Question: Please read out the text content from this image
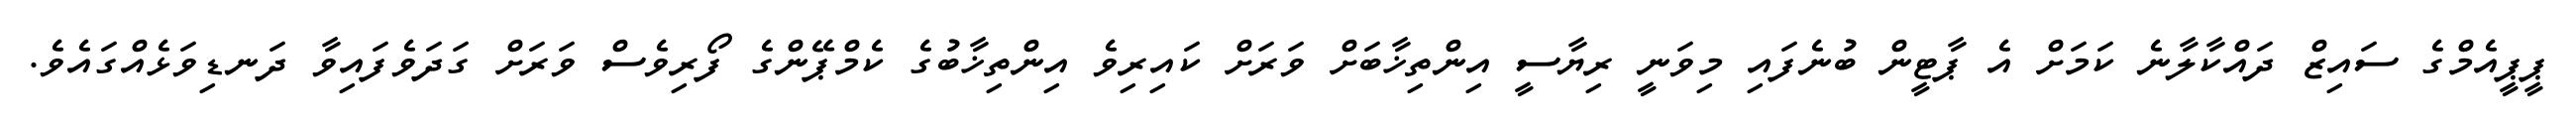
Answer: ޕީޕީއެމްގެ ސައިޒް ދައްކާލާނެ ކަމަށް އެ ޕާޓީން ބުނެފައި މިވަނީ ރިޔާސީ އިންތިޚާބަށް ވަރަށް ކައިރިވެ އިންތިޚާބުގެ ކެމްޕޭންގެ ފޯރިވެސް ވަރަށް ގަދަވެފައިވާ ދަނޑިވަޅެއްގައެވެ.